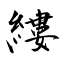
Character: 縷